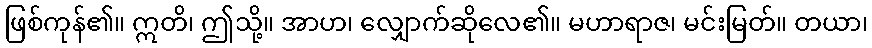
ဖြစ်ကုန်၏။ ဣတိ၊ ဤသို့။ အာဟ၊ လျှောက်ဆိုလေ၏။ မဟာရာဇ၊ မင်းမြတ်။ တယာ၊